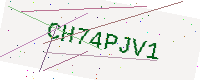
Text: CH74PJV1